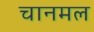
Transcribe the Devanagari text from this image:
चानमल